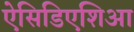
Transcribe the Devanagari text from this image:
ऐसिडिएशिआ